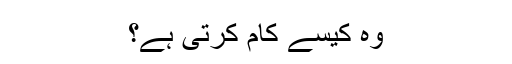
وہ کیسے کام کرتی ہے؟